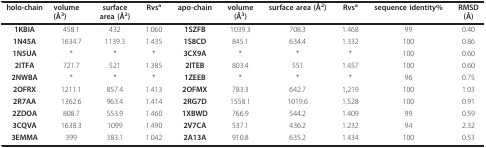
| holo-chain | volume(Å3) | surfacearea (Å2) | Rvsa | apo-chain | volume(Å3) | surface area (Å2) | Rvsa | sequence identity% | RMSD(Å) |
 | --- | --- | --- | --- | --- | --- | --- | --- | --- | --- |
 | 1KBIA | 458.1 | 432 | 1.060 | 1SZFB | 1039.3 | 708.3 | 1.468 | 99 | 0.40 |
 | 1N45A | 1634.7 | 1139.3 | 1.435 | 1S8CD | 845.1 | 634.4 | 1.332 | 100 | 0.86 |
 | 1N5UA | * | * | * | 3CX9A | * | * | * | 100 | 0.60 |
 | 2ITFA | 721.7 | 521 | 1.385 | 2ITEB | 803.4 | 551 | 1.457 | 100 | 0.60 |
 | 2NWBA | * | * | * | 1ZEEB | * | * | * | 96 | 0.75 |
 | 2OFRX | 1211.1 | 857.4 | 1.413 | 2OFMX | 783.3 | 642.7 | 1,219 | 100 | 1.03 |
 | 2R7AA | 1362.6 | 963.4 | 1.414 | 2RG7D | 1558.1 | 1019.6 | 1.528 | 100 | 0.91 |
 | 2ZDOA | 808.7 | 553.9 | 1.460 | 1XBWD | 766.9 | 544.2 | 1.409 | 99 | 0.59 |
 | 3CQVA | 1638.3 | 1099 | 1.490 | 2V7CA | 537.1 | 436.2 | 1.232 | 94 | 2.32 |
 | 3EMMA | 399 | 383.1 | 1.042 | 2A13A | 910.8 | 635.2 | 1.434 | 100 | 0.53 |